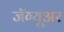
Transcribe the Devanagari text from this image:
जॅग्यूअर